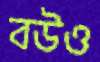
বউও